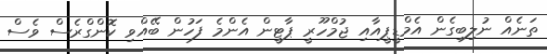
ތަނެއް ނުލިބިގެން އެމްޑީޕީއާއި ޖުމްހޫރީ ޕާޓީން އެންމެ ފަހުން ބޭއްވި ކޮންގްރެސް ވެސް